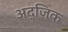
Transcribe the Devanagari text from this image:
अद्जिक